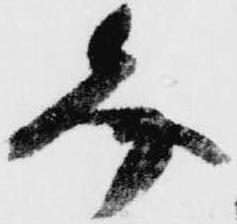
文